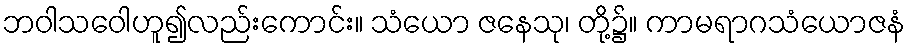
ဘဝါသဝေါဟူ၍လည်းကောင်း။ သံယော ဇနေသု၊ တို့၌။ ကာမရာဂသံယောဇနံ